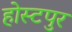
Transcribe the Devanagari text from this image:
होस्टपुर